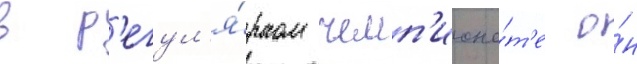
в р'егул'я́рном чемп'иона́т'е о́н